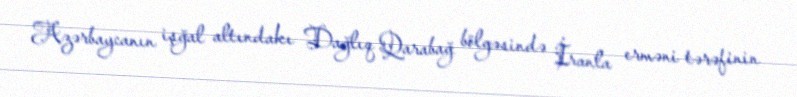
Azərbaycanın işğal altındakı Dağlıq Qarabağ bölgəsində İranla erməni tərəfinin